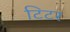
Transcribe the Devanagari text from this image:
टिटर